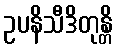
ဥပနိသီဒိတုန္တိ